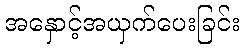
အနှောင့်အယှက်ပေးခြင်း